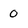
Character: 0